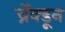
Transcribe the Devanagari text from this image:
र्च्नेक्डून